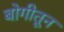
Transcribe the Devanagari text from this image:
बोगीतून